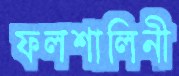
ফলশালিনী